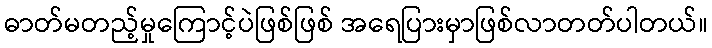
ဓာတ်မတည့်မှုကြောင့်ပဲဖြစ်ဖြစ် အရေပြားမှာဖြစ်လာတတ်ပါတယ်။